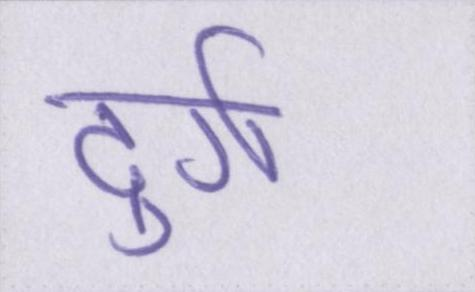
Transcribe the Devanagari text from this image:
दुर्ग